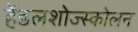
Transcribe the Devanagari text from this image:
हेंडलशोज्स्कोलन